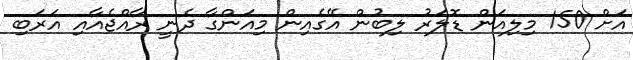
އަށް 150 މިލިއަން ޑޮލަރު ލިބުން އޭގެއިން މިއަންގާ ދެނީ ރާއްޖެއާއި އަރަބި